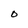
Character: O